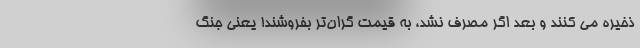
ذخیره می کنند و بعد اگر مصرف نشد، به قیمت گران‌تر بفروشند! یعنی جنگ